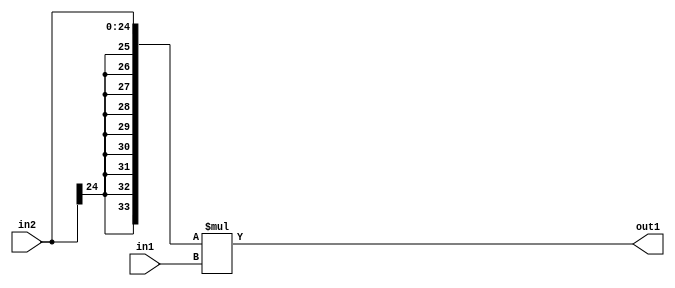
`timescale 1ps / 1ps
/*****************************************************************************
    Verilog RTL Description
    
    
    Created by: Stratus DpOpt 21.05.01 
*******************************************************************************/

module SobelFilter_Mul_25Sx20U_34S_4 (
	in2,
	in1,
	out1
	); /* architecture "behavioural" */ 
input [24:0] in2;
input [19:0] in1;
output [33:0] out1;
wire [33:0] asc001;

assign asc001 = 
	+({{9{in2[24]}}, in2} * in1);

assign out1 = asc001;
endmodule

/* CADENCE  ubL4SAs= : u9/ySxbfrwZIxEzHVQQV8Q== ** DO NOT EDIT THIS LINE ******/